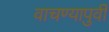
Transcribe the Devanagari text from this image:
वाचण्यापुर्वी